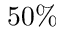
5 0 \%